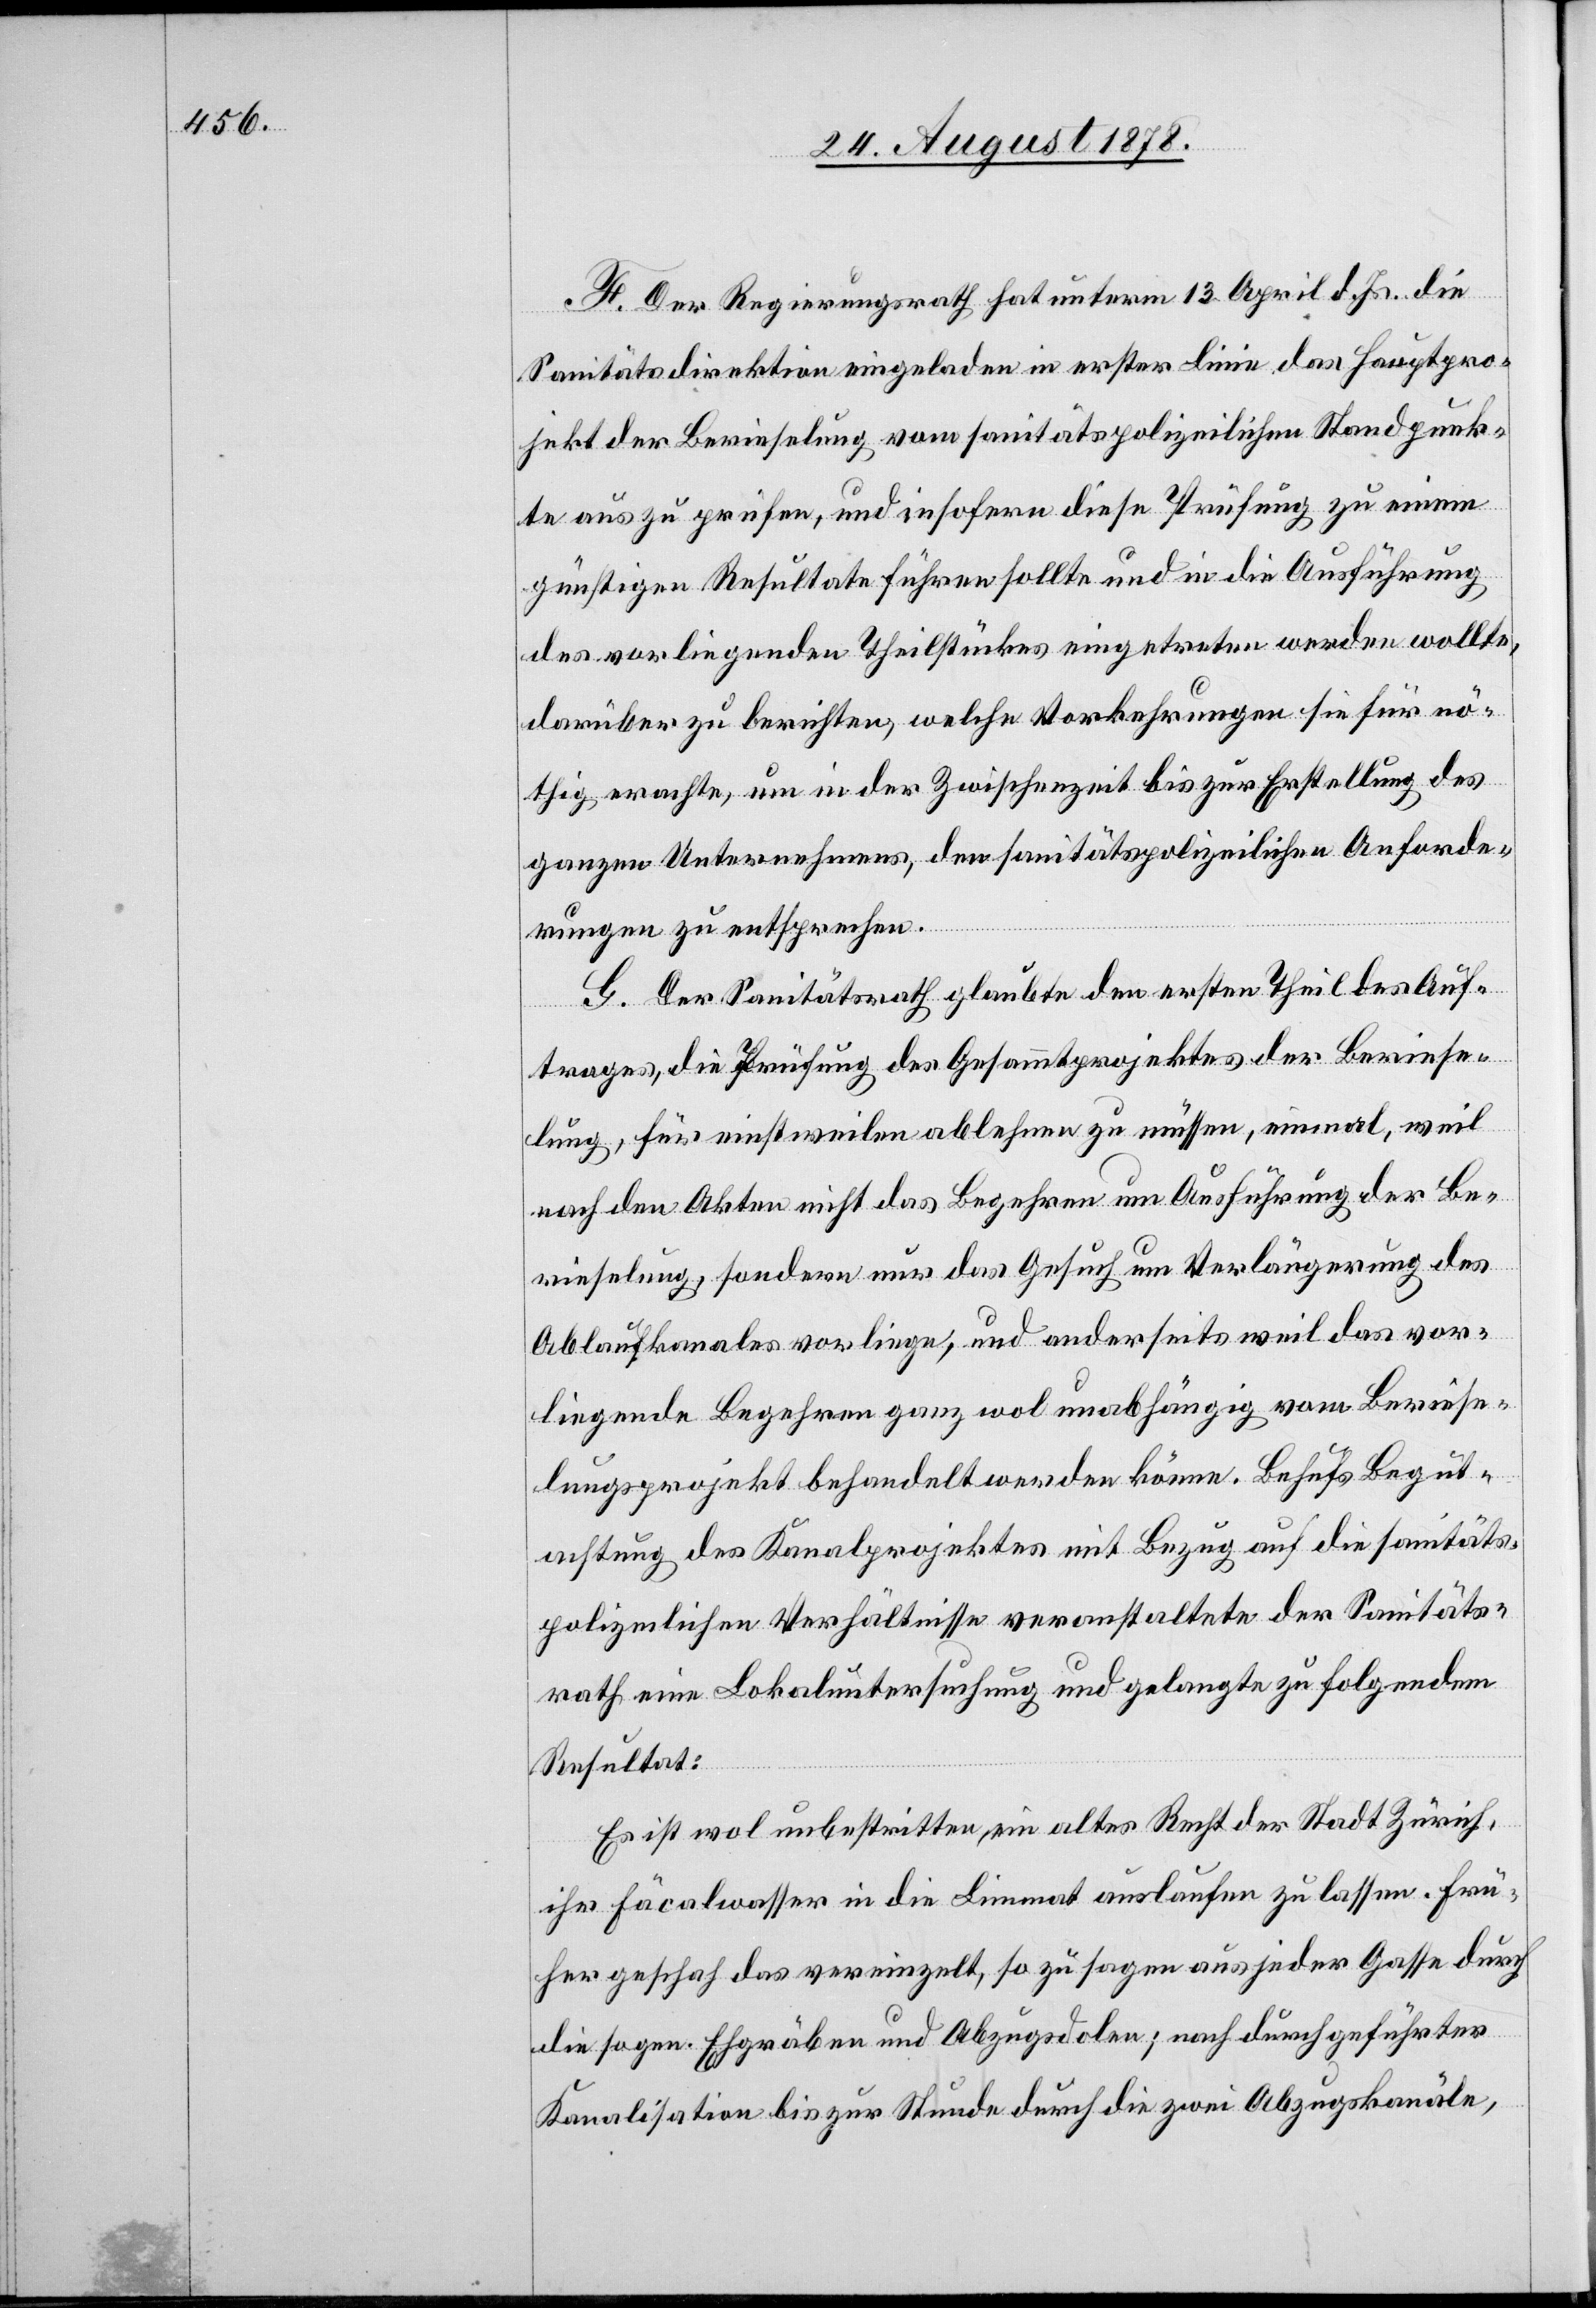
F. Der Regierungsrath hat unterm 13. April d. Js. die
Sanitätsdirektion eingeladen in erster Linie das Hauptpro¬
jekt der Berieselung vom sanitätspolizeilichen Standpunk¬
te aus zu prüfen, und insofern diese Prüfung zu einem
günstigen Resultate führen sollte und die Ausführung
des vorliegenden Theilstückes eingetreten werden wollte,
darüber zu berichten, welche Vorkehrungen sie für nö¬
thig erachte, um in der Zwischenzeit bis zur Erstellung des
ganzen Unternehmens, den sanitätspolizeilichen Anforde¬
rungen zu entsprechen.
G. Der Sanitätsrath glaubte den ersten Theil des Auf¬
trages, die Prüfung des Gesammtprojektes der Beriese¬
lung, für einstweilen ablehnen zu müssen, einmal, weil
nach den Akten nicht das Begehren um Ausführung der Be¬
rieselung, sondern nur das Gesuch um Verlängerung des
Ablaufkanales vorliege, und anderseits weil das vor¬
liegende Begehren ganz wol unabhängig vom Beriese¬
lungsprojekt behandelt werden könne. Behufs Begut¬
achtung des Kanalprojektes mit Bezug auf die sanitäts¬
polizeilichen Verhältnisse veranstaltete der Santitäs¬
rath eine Lokaluntersuchung und gelangte zu folgendem
Resultat:
Es ist wol unbestritten, ein altes Recht der Stadt Zürich,
ihr Fäcalwasser in die Limmat auslaufen zu lassen. Frü¬
her geschah das vereinzelt, so zu sagen aus jeder Gasse durch
die sogen. Ehgräben und Abzugsdolen; nach durchgeführter
Kanalisation bis zur Stunde durch die zwei Abzugskanäle,